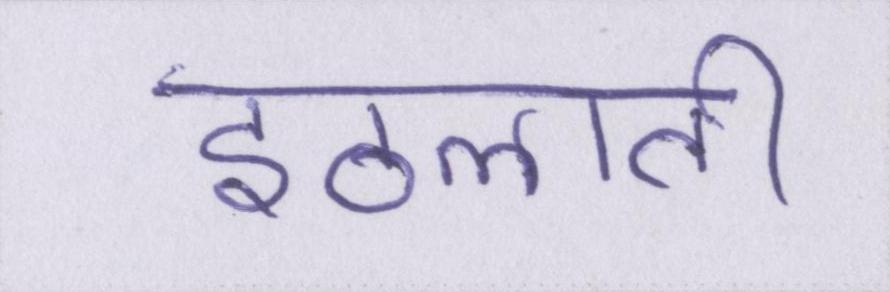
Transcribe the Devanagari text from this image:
इठलाती